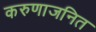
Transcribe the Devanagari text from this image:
करुणाजनित